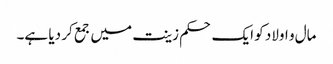
مال و اولاد کو ایک حکم زینت میں جمع کر دیا ہے۔